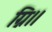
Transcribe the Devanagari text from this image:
ग्नि।।